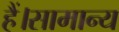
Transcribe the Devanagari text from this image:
हैं।सामान्य